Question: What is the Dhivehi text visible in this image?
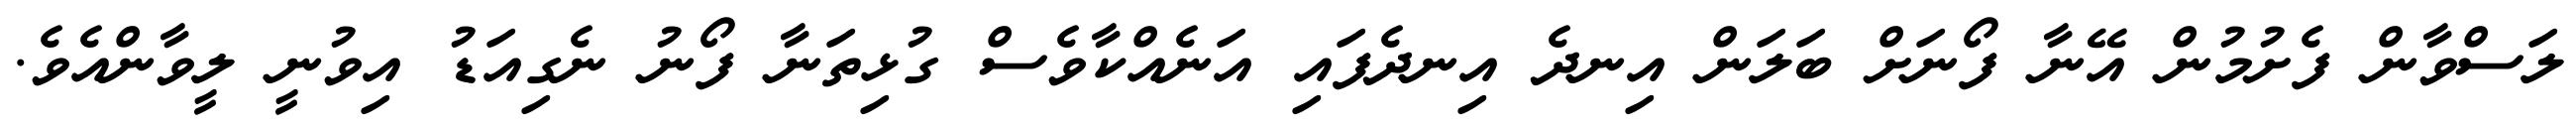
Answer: ލަސްވާން ފެށުމުން އޭނާ ފޯނަށް ބަލަން އިނދެ އިނދެފައި އަނެއްކާވެސް ގުޅިތަނާ ފޯނު ނެގިއަޑު އިވުނީ ލީވާންއެވެ.